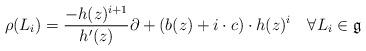
LaTeX: \begin{align*}\rho(L_i) =\frac{-h(z)^{i+1}}{h'(z)} \partial +(b(z)+i \cdot c) \cdot h(z)^i\quad\forall L_i\in{\mathfrak{g}}\end{align*}